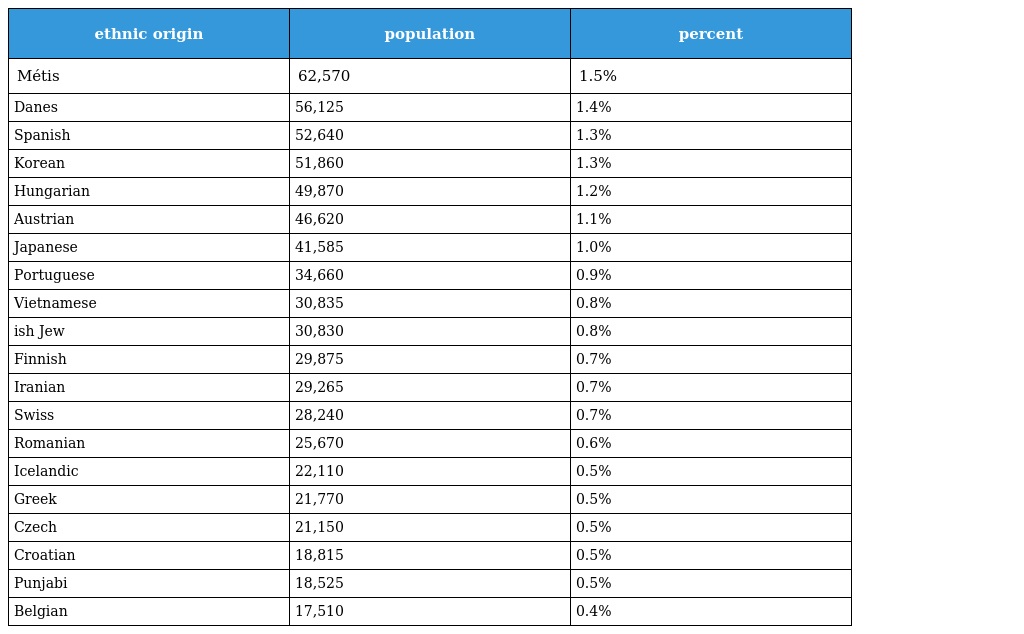
| ethnic origin | population | percent |
 | --- | --- | --- |
 | Métis | 62,570 | 1.5% |
 | Danes | 56,125 | 1.4% |
 | Spanish | 52,640 | 1.3% |
 | Korean | 51,860 | 1.3% |
 | Hungarian | 49,870 | 1.2% |
 | Austrian | 46,620 | 1.1% |
 | Japanese | 41,585 | 1.0% |
 | Portuguese | 34,660 | 0.9% |
 | Vietnamese | 30,835 | 0.8% |
 | ish Jew | 30,830 | 0.8% |
 | Finnish | 29,875 | 0.7% |
 | Iranian | 29,265 | 0.7% |
 | Swiss | 28,240 | 0.7% |
 | Romanian | 25,670 | 0.6% |
 | Icelandic | 22,110 | 0.5% |
 | Greek | 21,770 | 0.5% |
 | Czech | 21,150 | 0.5% |
 | Croatian | 18,815 | 0.5% |
 | Punjabi | 18,525 | 0.5% |
 | Belgian | 17,510 | 0.4% |